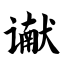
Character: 谳